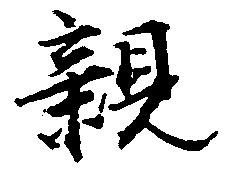
親